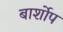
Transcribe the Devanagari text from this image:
बार्शोप